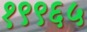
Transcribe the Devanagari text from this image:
१९९६५